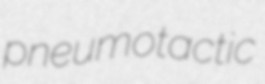
pneumotactic